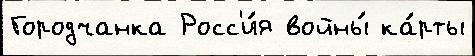
Городчанка Росс'и́я войны́ ка́рты